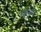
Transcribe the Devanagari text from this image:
रइनी